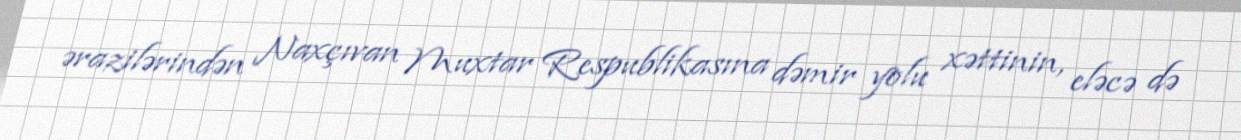
ərazilərindən Naxçıvan Muxtar Respublikasına dəmir yolu xəttinin, eləcə də